Report of the Indian Hemp Drugs Commission, 1894-1895 - Volume VIII
Year: 1894
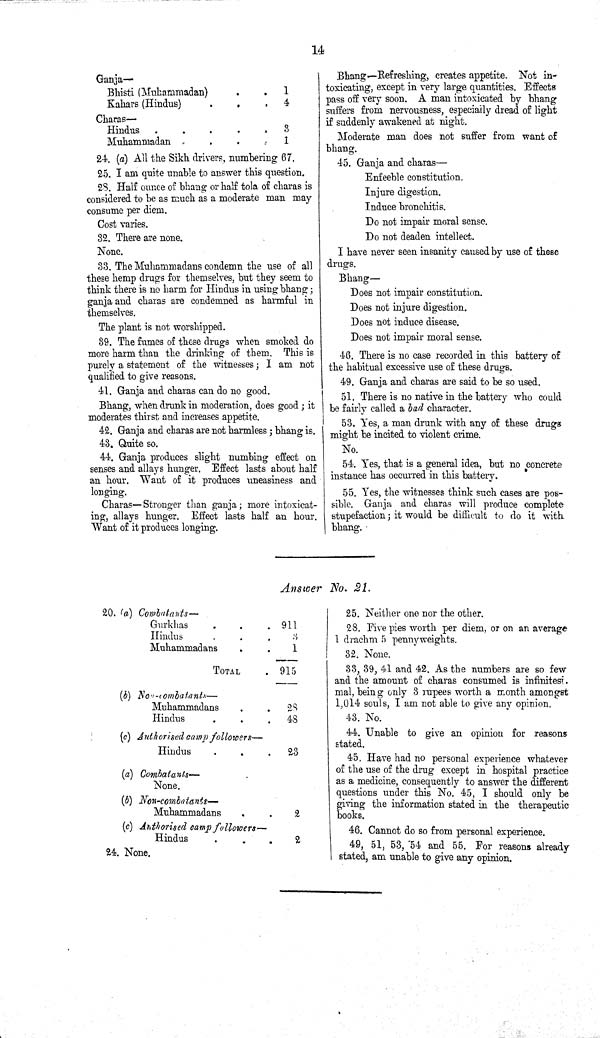
14
Ganja—
Bhisti (Muhammadan)
1
Kahars (Hindus)
4
Charas—
Hindus
3
Muhammadan
1
24. (a) All the Sikh drivers, numbering 67.
25. I am quite unable to answer this question.
28. Half ounce of bhang or half tola of charas is
considered to be as much as a moderate man may
consume per diem.
Cost varies.
32. There are none.
None.
33. The Muhammadans condemn the use of all
these hemp drugs for themselves, but they seem to
think there is no harm for Hindus in using bhang;
ganja and charas are condemned as harmful in
themselves.
The plant is not worshipped.
39. The fumes of these drugs when smoked do
more harm than the drinking of them. This is
purely a statement of the witnesses; I am not
qualified to give reasons.
41. Ganja and charas can do no good.
Bhang, when drunk in moderation, does good; it
moderates thirst and increases appetite.
42. Ganja and charas are not harmless; bhang is.
43. Quite so.
44. Ganja produces slight numbing effect on
senses and allays hunger. Effect lasts about half
an hour. Want of it produces uneasiness and
longing.
Charas-Stronger than ganja; more intoxicat-
ing, allays hunger. Effect lasts half an hour.
Want of it produces longing.
Answer No. 21.
20. (a) Combatants—
Gurkhas
911
Hindus
3
Muhammadans
1
TOTAL
915
(b) Non-Combatants—
Muhammadans
28
Hindus
48
(c) Authorised camp followers—
Hindus
23
(a) Combatants—
None.
(6) Non-combatants—
Muhammadans
2
(c) Authorised camp followers—
Hindus
2
24. None.
25. Neither one nor the other.
28. Five pies worth per diem, or on an average
1 drachm 5 pennyweights.
32. None.
33, 39, 41 and 42. As the numbers are so few
and the amount of charas consumed is infinitesi-
mal, being only 3 rupees worth a month amongst
1,014 souls, I am not able to give any opinion.
43. No.
44. Unable to give an opinion for reasons
stated.
45. Have had no personal experience whatever
of the use of the drug except in hospital practice
as a medicine, consequently to answer the different
questions under this No. 45, I should only be
giving the information stated in the therapeutic
books.
46. Cannot do so from personal experience.
49, 51, 53, 54 and 55. For reasons already
stated, am unable to give any opinion.
Bhang-Refreshing, creates appetite. Not in-
toxicating, except in very large quantities. Effects
pass off very soon. A man intoxicated by bhang
suffers from nervousness, especially dread of light
if suddenly awakened at night.
Moderate man does not suffer from want of
bhang.
45. Ganja and charas—
Enfeeble constitution.
Injure digestion.
Induce bronchitis.
Do not impair moral sense.
Do not deaden intellect.
I have never seen insanity caused by use of these
drugs.
Bhang—
Does not impair constitution.
Does not injure digestion.
Does not induce disease.
Does not impair moral sense.
46. There is no case recorded in this battery of
the habitual excessive use of these drugs.
49. Ganja and charas are said to be so used.
51. There is no native in the battery who could
be fairly called a bad character.
53. Yes, a man drunk with any of these drugs
might be incited to violent crime.
No.
54. Yes, that is a general idea, but no concrete
instance has occurred in this battery.
55. Yes, the witnesses think such cases are pos-
sible. Ganja and charas will produce complete
stupefaction; it would be difficult to do it with
bhang.